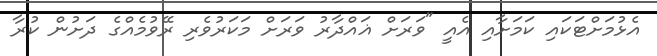
އެޅުމަށްޓަކައި ކަމަށާއި އެއީ "ވަރަށް ޣައްދާރު ވަރަށް މަކަރުވެރި ރޭވުމެއްގެ ދަށުން ކުރާ